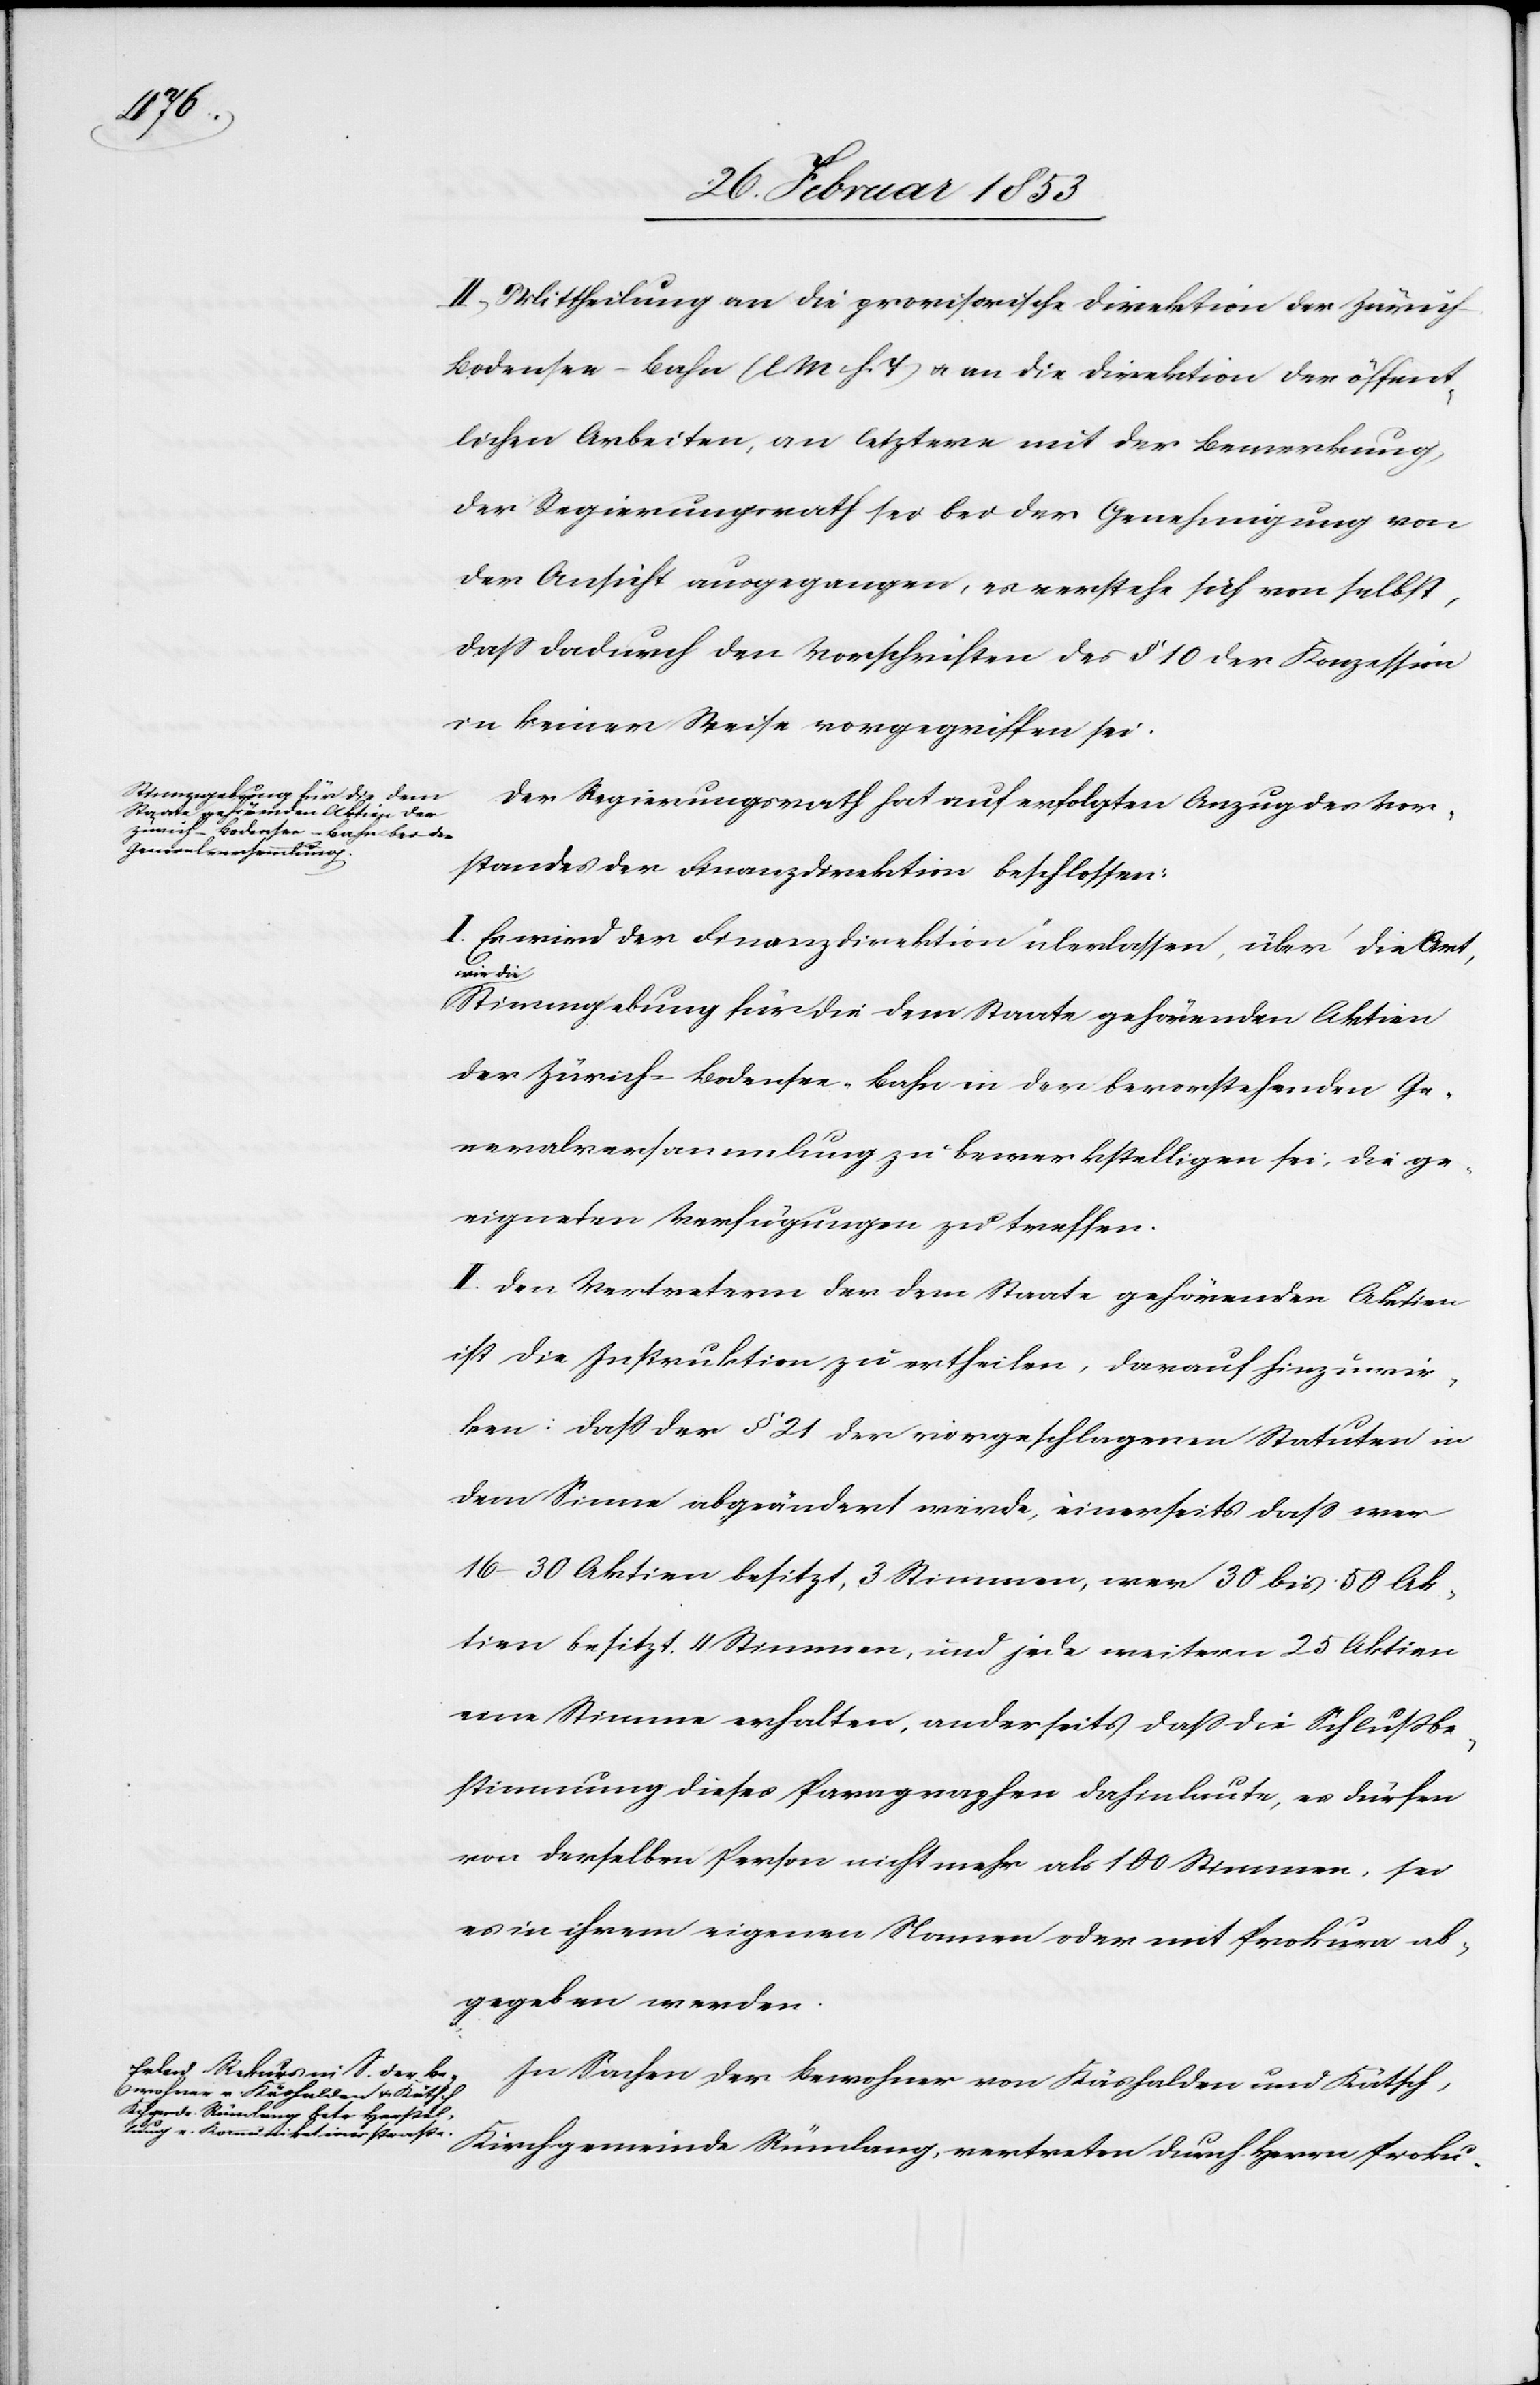
II. Mittheilung an die provisorische Direktion der Züric¬
h-Bodensee-Bahn [l. M. h. T] u. an die Direktion der öffent¬
lichen Arbeiten, an letztere mit der Bemerkung,
der Regierungsrath sei bei der Genehmigung von
der Ansicht ausgegangen, es verstehe sich von selbst,
daß dadurch den Vorschriften des § 10 der Konzession
in keiner Weise vorgegriffen sei.
Der Regierungsrath hat auf erfolgten Anzug des Vor¬
standes der Finanzdirektion beschlossen:
I. Es wird der Finanzdirektion überlassen, über die Art,
wie die
Stimmgebung für die dem Staate gehörenden Aktien
der Zürich-Bodensee-Bahn in der bevorstehenden Ge¬
neralversammlung zu bewerkstelligen sei, die ge¬
eigneten Verfügungen zu treffen.
II. Den Vertretern der dem Staate gehörenden Aktien
ist die Instruktion zu ertheilen, darauf hinzuwir¬
ken: daß der § 21 der vorgeschlagenen Statuten in
dem Sinne abgeändert werde, einerseits daß wer
16–30 Aktien besitzt, 3 Stimmen, wer 30–50 Ak¬
tien besitzt 4 Stimmen, und jede weitern 25 Aktien
eine Stimme erhalten, anderseits daß die Schlußbe¬
stimmung dieses Paragraphen dahinlaute, es dürfen
vor derselben Person nicht mehr als 100 Stimmen, sei
es in ihrem eigenen Namen oder mit Prokura ab¬
gegeben werden.
In Sachen der Bewohner von Käshalden und Kätsch,
Kirchgemeinde Rümlang, vertreten durch Herrn Proku-